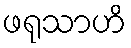
ဖရုသာဟိ